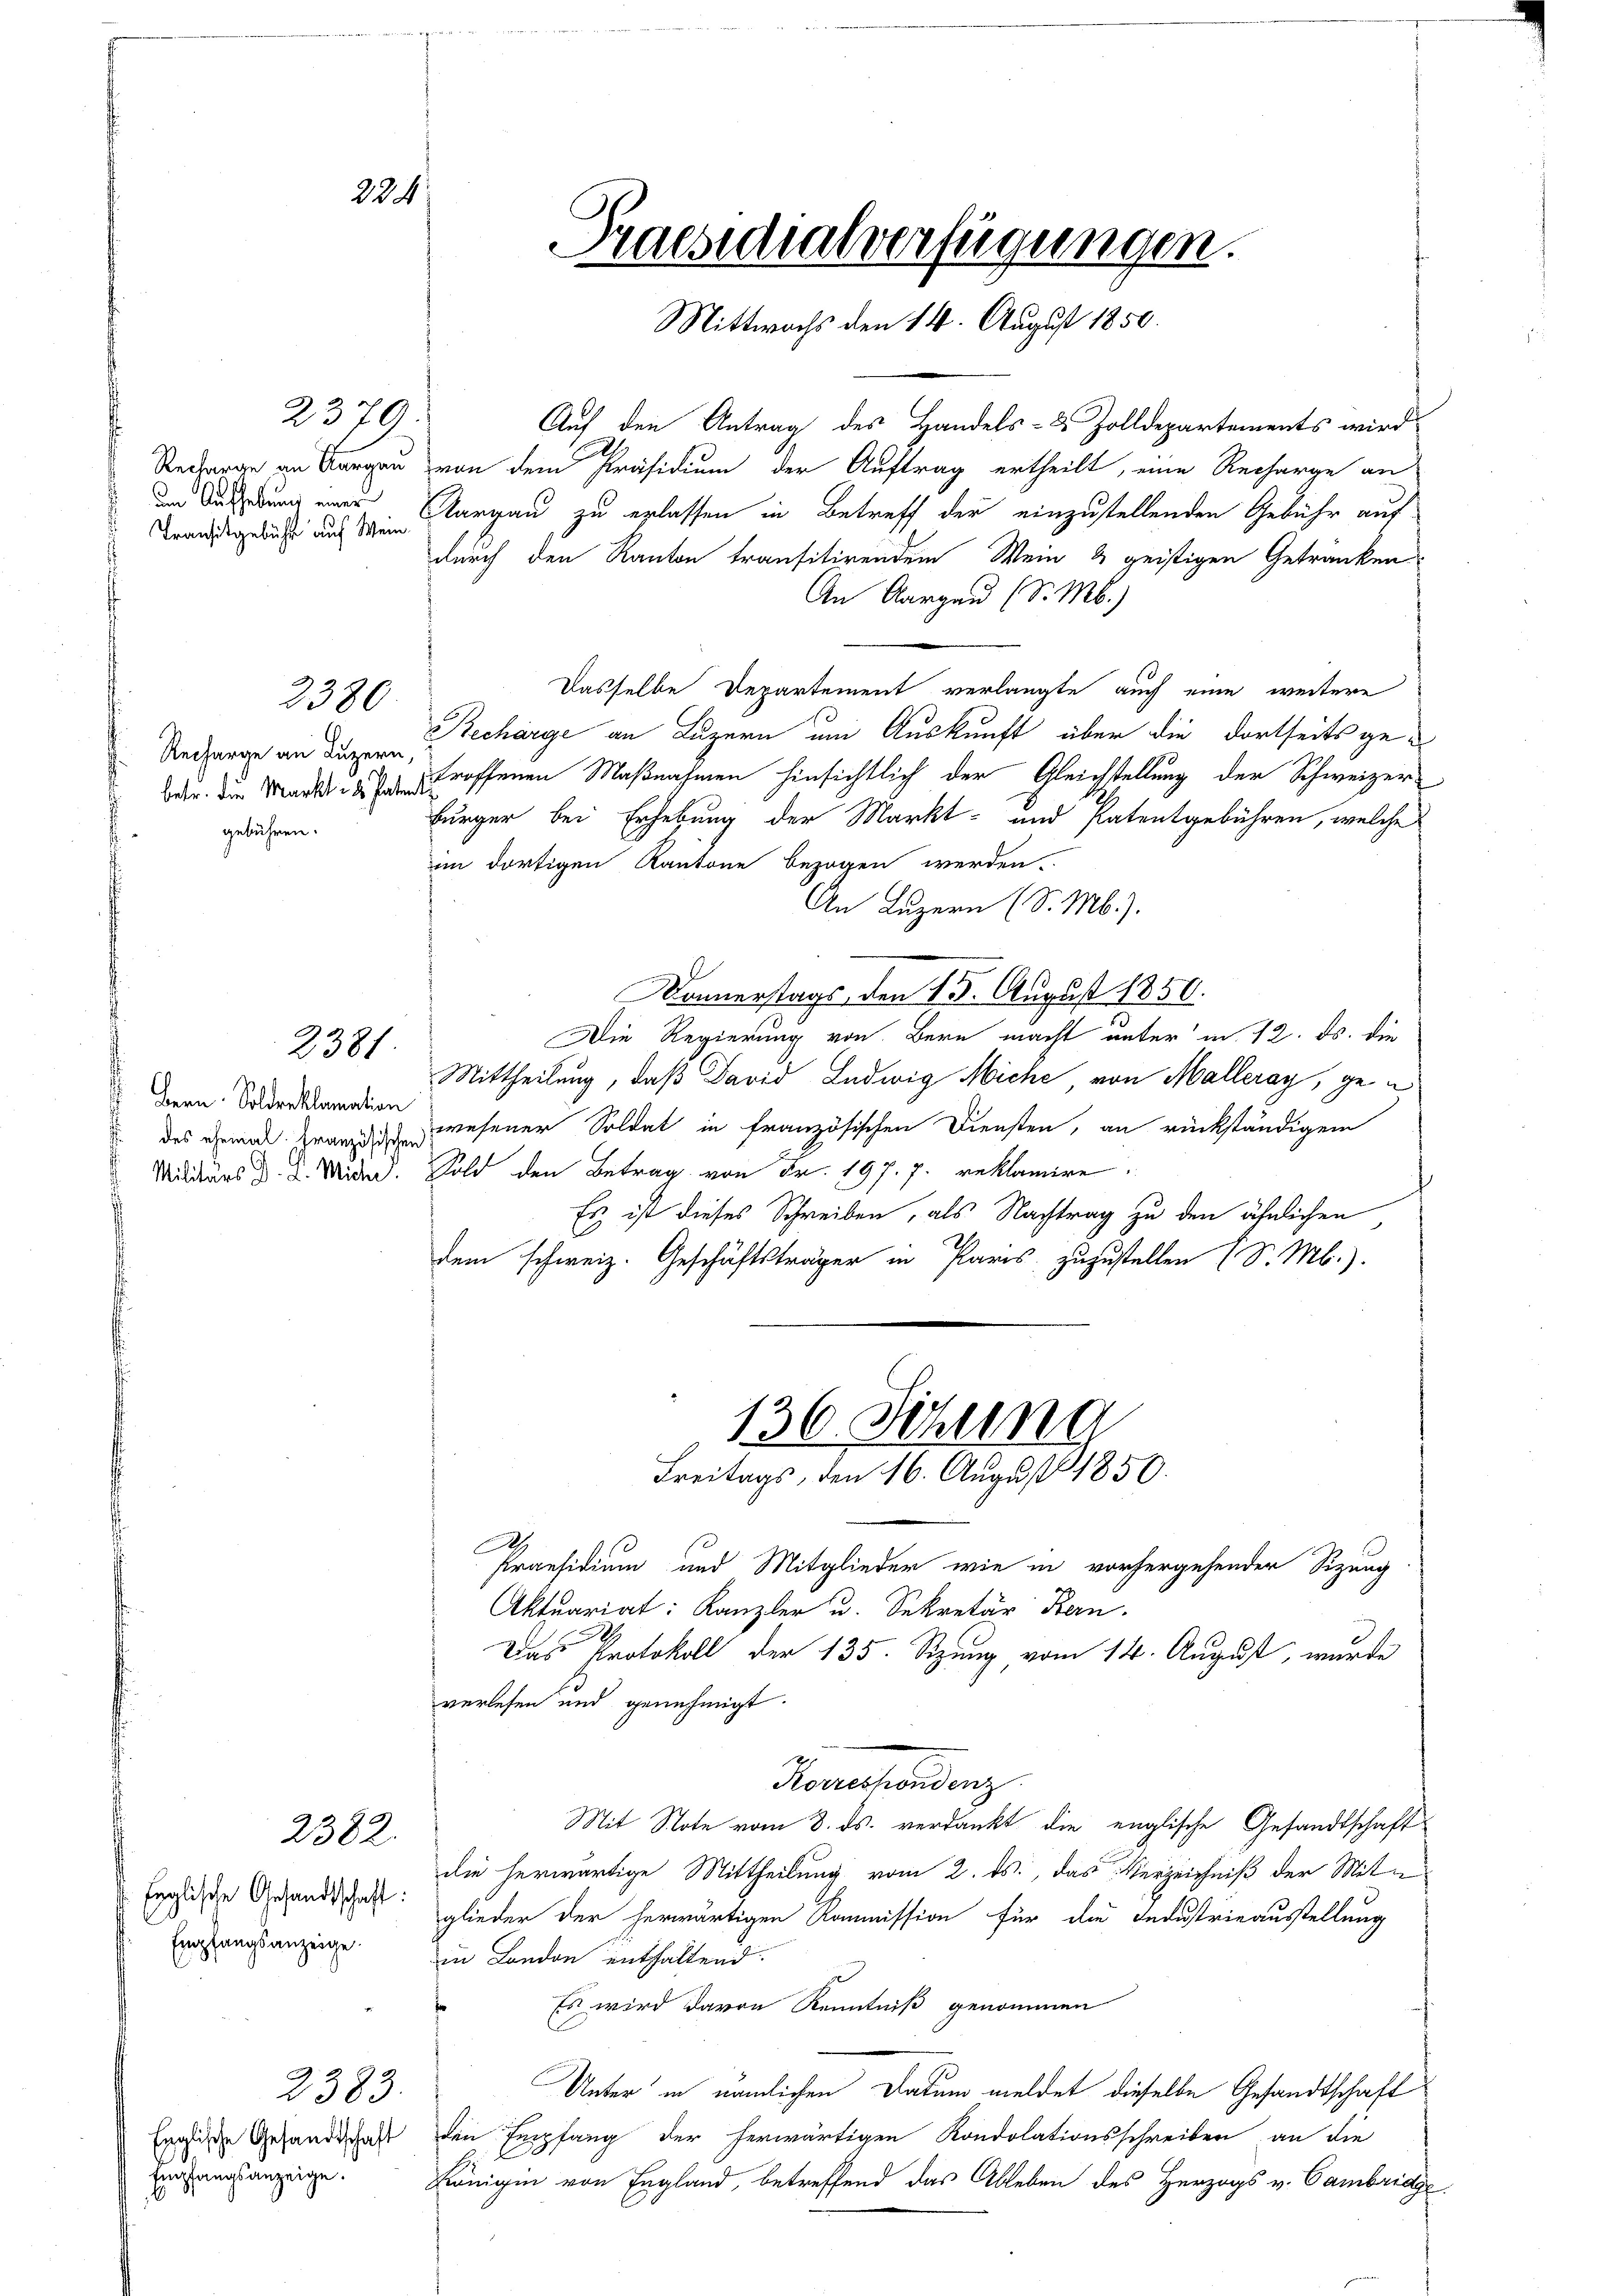
Recharge an Aargau
Transitgebühl auf Wein

2379.

2380

Recharge an Luzern,
betr. die Markt ds Paten
gebühren.

Bern Soldreklamation
des ehemal französischen
Militärs D. P. Miche

Englische Gesandtschaft:
l
Empfangsanzeige.

224

2381

2382.

Englische Gesandtschaft
Empfangsanzeige.

2383.

Praesidialverfügungen.
Mittwochs den 14. August 1850.

Auf den Antrag des Handels- & Zolldepartements wird
von dem Präsidium der Auftrag ertheilt, eine Recharge an
und Sicherung einer Aargau zu erlassen in Betreff der einzustellenden Gebühr auf
durch den Kanton transitirendem Wein & geistigen Getranken
An Aargau (S. M.)
Dasselbe Departement verlangte auch eine weitere
Becharge an Luzern um Auskunft über die dortseits getroffenen Maßnahmen hinsichtlich der Gleichstellung der Schweizer¬
Bürger bei Erhebung der Markt- und Patentgebühren, welche
im dortigen Kantone bezogen werden.
An Luzern (S. M.).
Donnerstags, den 15. August 1850.
Die Regierung von Bern macht unter in 12. ds. die
Mittheilung, daß David Ludwig Miche von Malleray, gewesener Soldat in französischen Diensten, an rückständigen
Sold den Betrag von Fr. 197. 7. reklamire.
Es ist dieses Schreiben, als Nachtrag zu den ähnlichen
dem schweiz. Geschäftsträger in Paris, zuzustellen (S. M.).
136. Setzung
Freitags, den 16. August 1850.
.
Praesidium und Mitglieder wie in vorhergehender Sizung
Aktuariat: Kanzler u. Sekretär Bern.
Das Protokoll der 135. Sizung, vom 14. August, wurde
verlesen und genehmigt.
Korrespondenz
Mit Note vom 3. ds. verdankt die englische Gesandtschaft
die herwärtige Mittheilung vom 2. ds., das Verzeichniß der Mite
glieder der herwärtigen Kommission für die Industrieausstellung
in London enthaltend.
Es wird davon Kenntniß genommen
Unter in nämlichen Datum meldet dieselbe Gesandtschaft
den Empfang der herwärtigen Kondolationsschreiben an die
Königin von England, betreffend das Ableben des Herzogs v. Cambridge